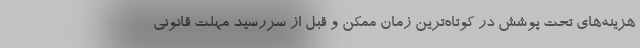
هزینه‌های تحت پوشش در کوتاه‌ترین زمان ممکن و قبل از سررسید مهلت قانونی